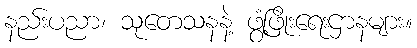
နည်းပညာ၊ သုတေသနနဲ့ ဖွံ့ဖြိုးရေးဌာနများ။